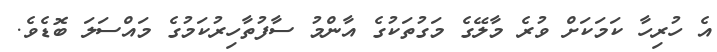
އެ ހުރިހާ ކަމަކަށް ވުރެ މާލޭގެ މަގުތަކުގެ އާންމު ސާފުތާހިރުކަމުގެ މައްސަލަ ބޮޑެވެ.